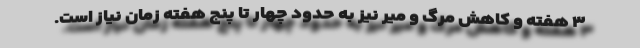
۳ هفته و کاهش مرگ و میر نیز به حدود چهار تا پنج هفته زمان نیاز است.